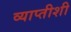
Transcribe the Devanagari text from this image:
व्याप्तीशी